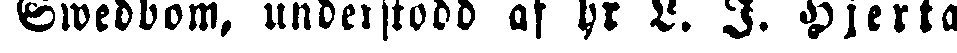
Swedbom, understödd af hr L. I. Hjerta.